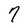
Character: 7